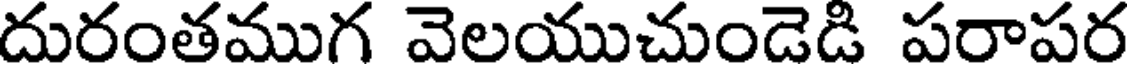
దురంతముగ వెలయుచుండెడి పరాపర